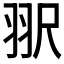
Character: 𰭠